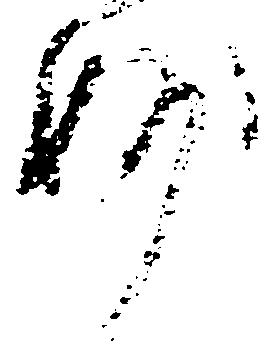
妙